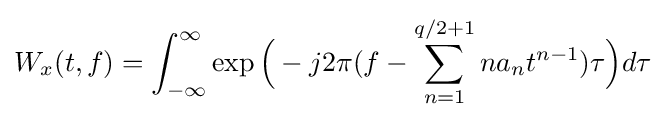
W_{x}(t,f)=\int _{-\infty }^{\infty }\exp {\Bigl (}-j2\pi (f-\sum _{n=1}^{q/2+1}na_{n}t^{n-1})\tau {\Bigr )}d\tau